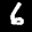
Digit: 6